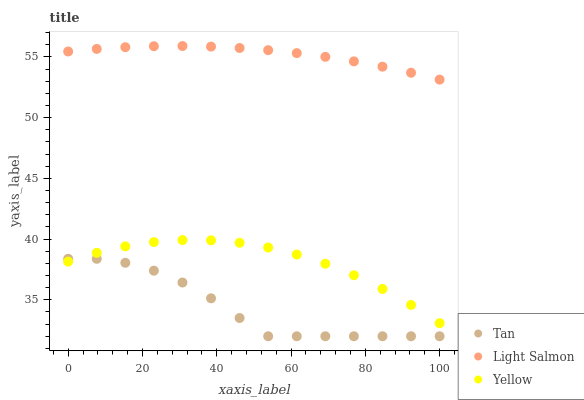
| xaxis_label | Tan | Light Salmon | Yellow |
 | --- | --- | --- | --- |
 | 0 | 38.4 | 55.5 | 38.1 |
 | 7.69 | 38.4 | 55.7 | 38.9 |
 | 15.4 | 38.1 | 55.8 | 39.4 |
 | 23.1 | 37.4 | 55.9 | 39.8 |
 | 30.8 | 36.4 | 55.9 | 39.9 |
 | 38.5 | 35.1 | 55.9 | 39.9 |
 | 46.2 | 33.5 | 55.7 | 39.7 |
 | 53.8 | 32 | 55.6 | 39.3 |
 | 61.5 | 32 | 55.3 | 38.7 |
 | 69.2 | 32 | 55 | 38 |
 | 76.9 | 32 | 54.6 | 37 |
 | 84.6 | 32 | 54.2 | 35.9 |
 | 92.3 | 32 | 53.7 | 34.6 |
 | 100 | 32 | 53.1 | 33.1 |